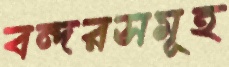
বন্দরসমূহ